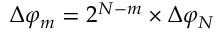
\Delta { { \varphi } _ { m } } = { { 2 } ^ { N - m } } \times \Delta { { \varphi } _ { N } }